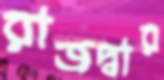
রাজদ্বার